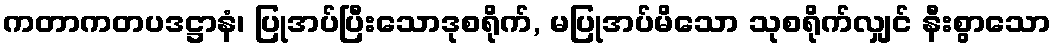
ကတာကတပဒဋ္ဌာနံ၊ ပြုအပ်ပြီးသောဒုစရိုက်, မပြုအပ်မိသော သုစရိုက်လျှင် နီးစွာသော